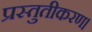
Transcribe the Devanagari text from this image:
प्रस्तुतीकरण।